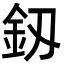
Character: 釼